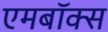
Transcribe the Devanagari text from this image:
एमबॉक्स